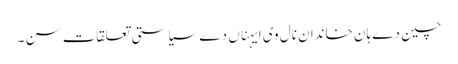
چین دے ہان خاندان نال وی ایہناں دے سیاستی تعلقات سن ۔